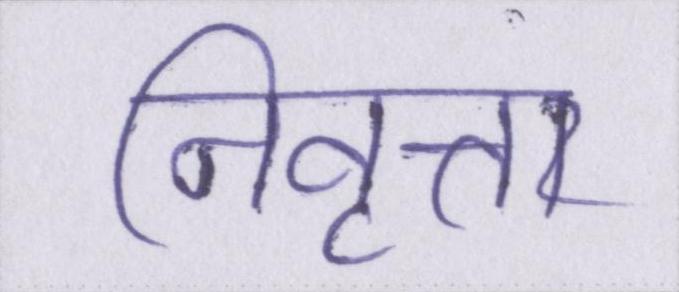
निवृत्त